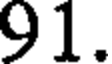
91.